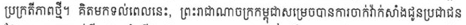
ប្រក្រតីភាពថ្មី។ គិតមកទល់ពេលនេះ, ព្រះរាជាណាចក្រកម្ពុជាសម្រេចបានការចាក់វ៉ាក់សាំងជូនប្រជាជន